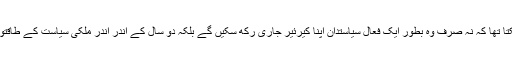
ایسے میں کوئی تصور بھی نہیں کر سکتا تھا کہ نہ صرف وہ بطور ایک فعال سیاستدان اپنا کیرئیر جاری رکھ سکیں گے بلکہ دو سال کے اندر اندر ملکی سیاست کے طاقتور ترین کھلاڑی کا روپ دھار لیں گے۔